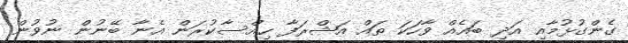
ގެންގުޅުމާއި އަދި ބައެއް ވާހަކަ ތައް އަޝްރަފާ ހިއްސާކުރަން އެނާ ބޭނުން ނުވުން